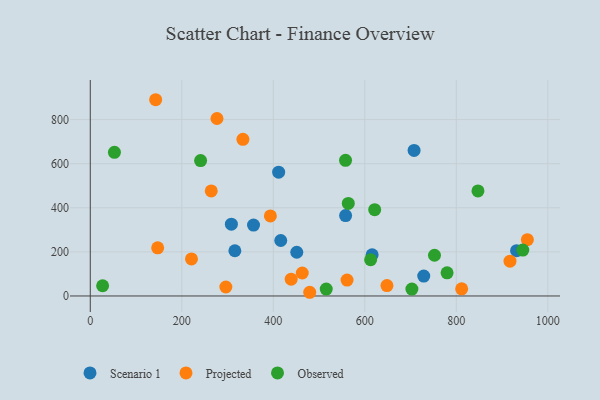
{"axis": {"x": "Speed", "y": "Sales"}, "legend": ["Observed", "Projected", "Scenario 1"], "data": [{"x": "728.8", "y": 90.1, "type": "Scenario 1"}, {"x": "558.0", "y": 364.5, "type": "Scenario 1"}, {"x": "931.7", "y": 205.5, "type": "Scenario 1"}, {"x": "616.0", "y": 186.8, "type": "Scenario 1"}, {"x": "416.3", "y": 251.6, "type": "Scenario 1"}, {"x": "707.7", "y": 660.3, "type": "Scenario 1"}, {"x": "356.8", "y": 321.4, "type": "Scenario 1"}, {"x": "451.3", "y": 198.4, "type": "Scenario 1"}, {"x": "411.7", "y": 561.4, "type": "Scenario 1"}, {"x": "316.0", "y": 205.2, "type": "Scenario 1"}, {"x": "308.4", "y": 325.8, "type": "Scenario 1"}, {"x": "147.3", "y": 218.5, "type": "Projected"}, {"x": "648.4", "y": 47.1, "type": "Projected"}, {"x": "439.1", "y": 76.1, "type": "Projected"}, {"x": "276.9", "y": 805.1, "type": "Projected"}, {"x": "393.6", "y": 363.3, "type": "Projected"}, {"x": "955.3", "y": 255.2, "type": "Projected"}, {"x": "463.3", "y": 104.2, "type": "Projected"}, {"x": "333.6", "y": 710.6, "type": "Projected"}, {"x": "264.4", "y": 476.4, "type": "Projected"}, {"x": "917.3", "y": 157.7, "type": "Projected"}, {"x": "561.2", "y": 72.2, "type": "Projected"}, {"x": "479.6", "y": 16.8, "type": "Projected"}, {"x": "142.9", "y": 890.2, "type": "Projected"}, {"x": "811.7", "y": 32.6, "type": "Projected"}, {"x": "221.2", "y": 167.9, "type": "Projected"}, {"x": "296.3", "y": 40.8, "type": "Projected"}, {"x": "779.8", "y": 104.9, "type": "Observed"}, {"x": "752.3", "y": 184.7, "type": "Observed"}, {"x": "557.9", "y": 615.4, "type": "Observed"}, {"x": "27.0", "y": 46.4, "type": "Observed"}, {"x": "621.6", "y": 391.6, "type": "Observed"}, {"x": "563.9", "y": 419.7, "type": "Observed"}, {"x": "52.8", "y": 651.6, "type": "Observed"}, {"x": "847.3", "y": 476.5, "type": "Observed"}, {"x": "612.7", "y": 164.4, "type": "Observed"}, {"x": "702.9", "y": 31.1, "type": "Observed"}, {"x": "945.3", "y": 208.1, "type": "Observed"}, {"x": "241.1", "y": 614.0, "type": "Observed"}, {"x": "515.7", "y": 31.1, "type": "Observed"}]}